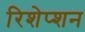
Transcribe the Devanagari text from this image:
रिशेप्शन